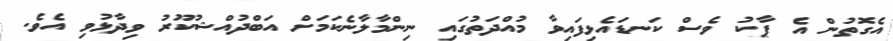
އެގޮތުން އެ ޕާކު ވެސް ކަނޑައެޅިފައިވާ މުއްދަތުގައި ނިންމާލާނެކަމަށް އަބްދުއްޝުކޫރު ވިދާޅުވި އެވެ.